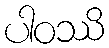
ပါဝဿိ